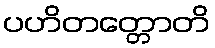
ပဟိတတ္တောတိ